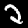
Digit: 2